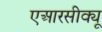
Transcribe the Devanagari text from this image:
एआरसीक्यू